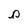
Character: p